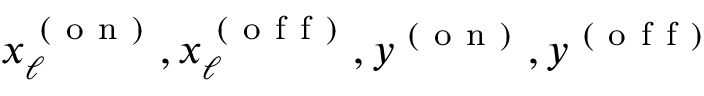
x _ { \ell } ^ { \mathrm { ~ ( ~ o ~ n ~ ) ~ } } , x _ { \ell } ^ { \mathrm { ~ ( ~ o ~ f ~ f ~ ) ~ } } , y ^ { \mathrm { ~ ( ~ o ~ n ~ ) ~ } } , y ^ { \mathrm { ~ ( ~ o ~ f ~ f ~ ) ~ } }